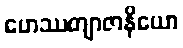
ဟေဿတျာဇာနိယော